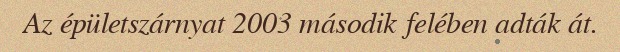
Az épületszárnyat 2003 második felében adták át.